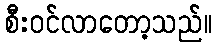
စီးဝင်လာတော့သည်။